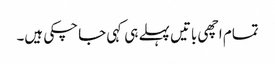
تمام اچھی باتیں پہلے ہی کہی جا چکی ہیں۔